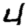
Digit: 4